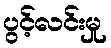
ပွင့်လင်းမှု